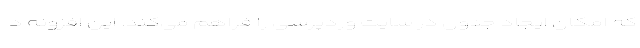
که امکان ایجاد جدول در سایت وردپرسی را فراهم می‌کند. این افزونه د